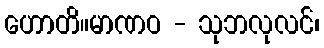
ဟောတိ။မာဏဝ - သုဘလုလင်၊